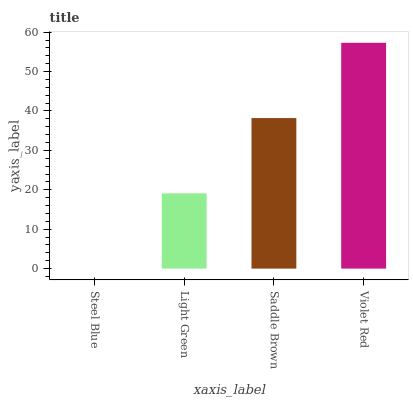
| xaxis_label | bars |
 | --- | --- |
 | Steel Blue | 0 |
 | Light Green | 19.1 |
 | Saddle Brown | 38.2 |
 | Violet Red | 57.3 |